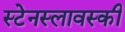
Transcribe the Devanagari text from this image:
स्टेनस्लावस्की